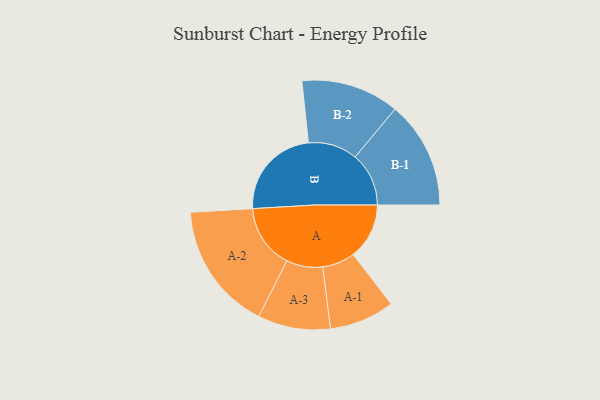
{"axis": {"x": "Segment", "y": "Value"}, "legend": ["", "A", "B"], "data": [{"x": "A", "y": 210, "type": ""}, {"x": "B", "y": 350, "type": ""}, {"x": "A-1", "y": 122, "type": "A"}, {"x": "A-2", "y": 240, "type": "A"}, {"x": "A-3", "y": 136, "type": "A"}, {"x": "B-1", "y": 201, "type": "B"}, {"x": "B-2", "y": 184, "type": "B"}]}